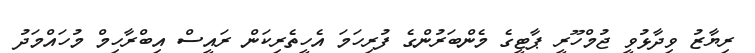
ރިޔާޒު ވިދާޅުވީ ޖުމްހޫރީ ޕާޓީގެ މެންބަރުންގެ ފުރިހަމަ އެހީތެރިކަން ރައީސް އިބްރާހިމް މުހައްމަދު